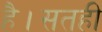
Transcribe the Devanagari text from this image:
है।सतही